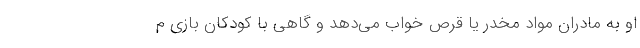
او به مادران مواد مخدر یا قرص خواب می‌دهد و گاهی با کودکان بازی م